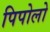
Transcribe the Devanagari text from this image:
पिपोलो